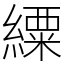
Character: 䌚